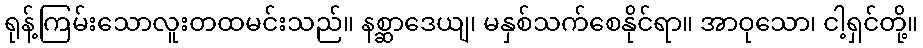
ရုန့်ကြမ်းသောလူးတထမင်းသည်။ နစ္ဆာဒေယျ၊ မနှစ်သက်စေနိုင်ရာ။ အာဝုသော၊ ငါ့ရှင်တို့။